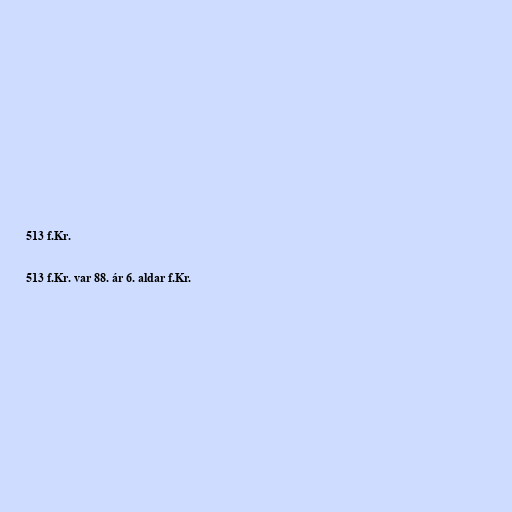
513 f.Kr.

513 f.Kr. var 88. ár 6. aldar f.Kr.